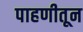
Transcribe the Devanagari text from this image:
पाहणीतून